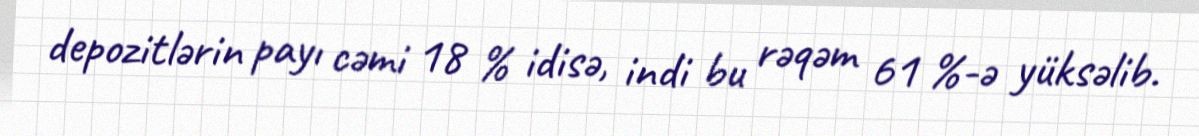
depozitlərin payı cəmi 18 % idisə, indi bu rəqəm 61 %-ə yüksəlib.